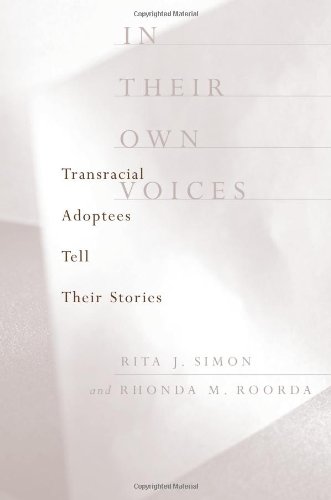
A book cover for In Their Own Voices: Transracial Adoptees Tell Their Stories; Rita J. Simon; Parenting & Relationships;